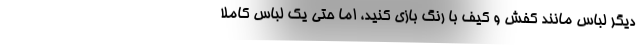
دیگر لباس مانند کفش و کیف با رنگ بازی کنید، اما حتی یک لباس کاملا